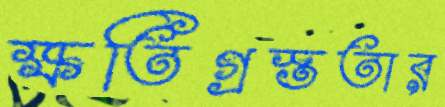
ক্ষতিগ্রস্ততার